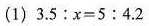
(1)$$3.5 : x = 5 : 4.2$$